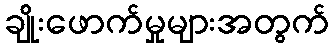
ချိုးဖောက်မှုများအတွက်